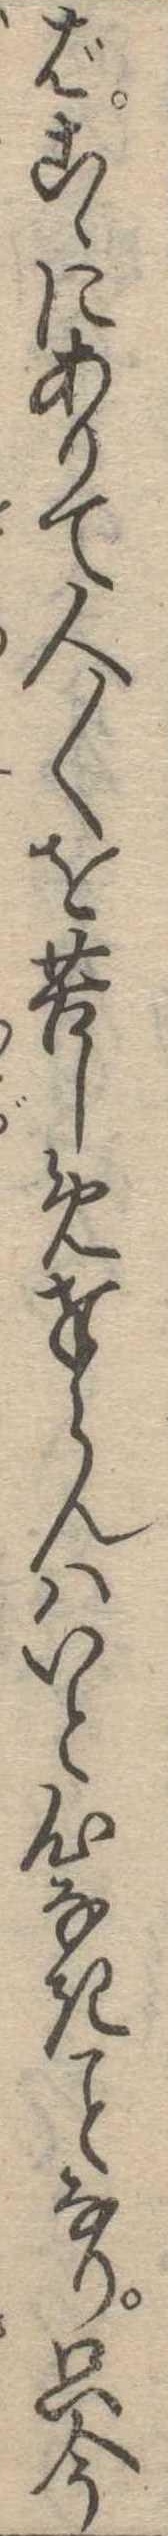
ばこゝにありて人〱を苦しめ奉らんはいと心なきなり只今